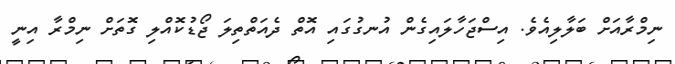
ނިމްރާއަށް ބަލާލިއެވެ. އިސްޖަހާލައިގެން އުނގުގައި އޮތް ދެއަތްތިލަ ޖޯޑުކޮއްލި ގޮތަށް ނިމްރާ އިނީ